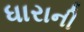
ધારાની